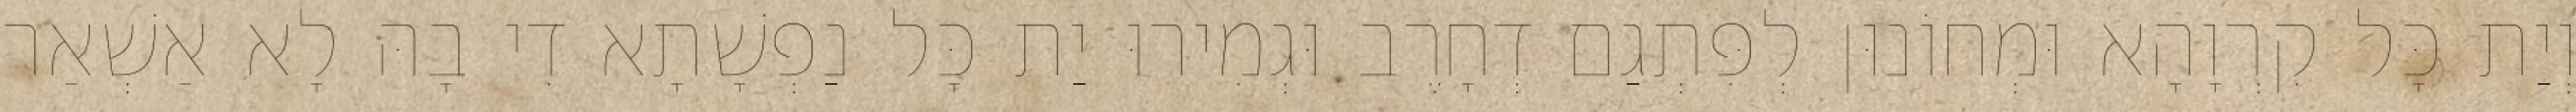
וְיַת כָּל קִרְוָהָא וּמְחוֹנוּן לְפִּתְגַם דְחָרֶב וּגְמִירוּ יַת כָּל נַפְשָׁתָא דִי בָהּ לָא אַשְׁאַר